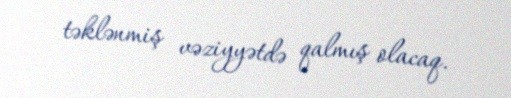
təklənmiş vəziyyətdə qalmış olacaq.